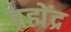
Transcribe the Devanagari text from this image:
ब्रह्मेंद्र